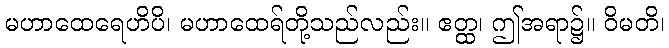
မဟာထေရေဟိပိ၊ မဟာထေရ်တို့သည်လည်း။ ဧတ္ထ၊ ဤအရာ၌။ ဝိမတိ၊